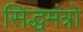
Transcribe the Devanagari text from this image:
सिद्धमंत्रो